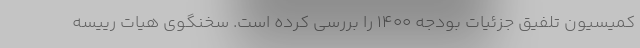
کمیسیون تلفیق جزئیات بودجه ۱۴۰۰ را بررسی کرده است. سخنگوی هیات رییسه